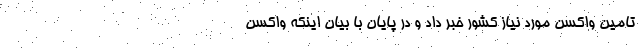
تامین واکسن مورد نیاز کشور خبر داد و در پایان با بیان اینکه واکسن